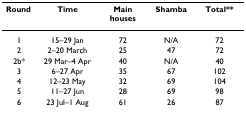
<table><thead><tr><td><b>Round</b></td><td><b>Time</b></td><td><b>Main houses</b></td><td><b>Shamba</b></td><td><b>Total**</b></td></tr></thead><tbody><tr><td>1</td><td>15–29 Jan</td><td>72</td><td>N/A</td><td>72</td></tr><tr><td>2</td><td>2–20 March</td><td>25</td><td>47</td><td>72</td></tr><tr><td>2b*</td><td>29 Mar–4 Apr</td><td>40</td><td>N/A</td><td>40</td></tr><tr><td>3</td><td>6–27 Apr</td><td>35</td><td>67</td><td>102</td></tr><tr><td>4</td><td>12–23 May</td><td>32</td><td>69</td><td>104</td></tr><tr><td>5</td><td>11–27 Jun</td><td>28</td><td>69</td><td>98</td></tr><tr><td>6</td><td>23 Jul–1 Aug</td><td>61</td><td>26</td><td>87</td></tr></tbody></table>